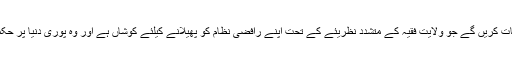
پہلے ہم ایرانى حاکمیت کى بات کریں گے جو ولایت فقیہ کے متشدد نظریئے کے تحت اپنے رافضى نظام کو پھیلانے کیلئے کوشاں ہے اور وه پورى دنیا پر حکمرانى کا خواب دیکھ رہا ہے۔